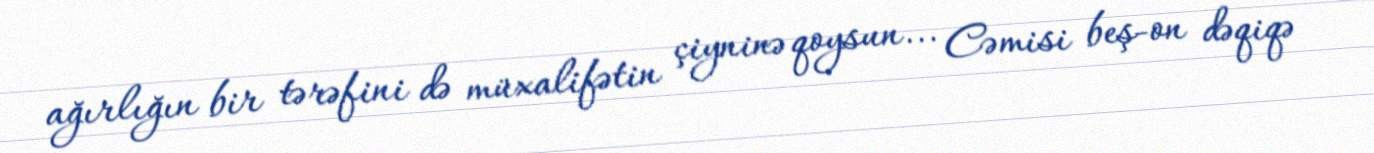
ağırlığın bir tərəfini də müxalifətin çiyninə qoysun... Cəmisi beş-on dəqiqə